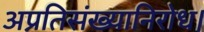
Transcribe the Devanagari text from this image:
अप्रतिसंख्यानिरोध।